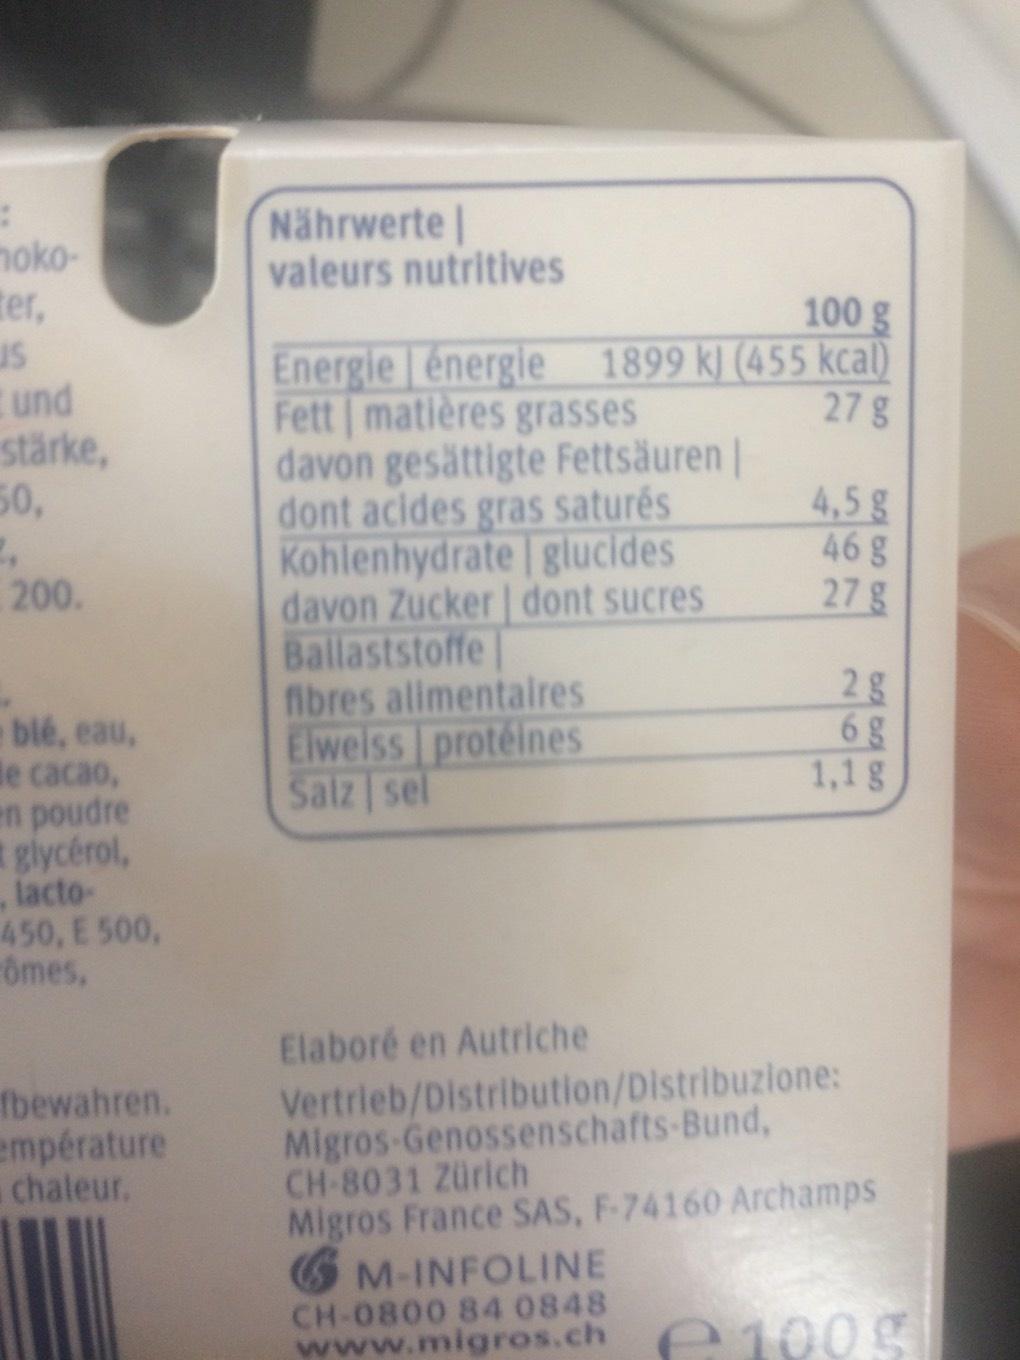
#
mokoter,
us
und
stärke,
50,
2,
200.
blé, eau,
de cacao,
en poudre glycérol,
lacto450, E500,
ômes,
fbewahren.
empérature chaleur.
Nährwerte | valeurs nutritives
100 g
Energie énergie 1899 kJ (455 kcal) Fett matières grasses
27 g
davon gesättigte Fettsäuren | dont acides gras saturés Kohlenhydrate | glucides
davon Zucker | dont sucres
Ballaststoffe
fibres alimentaires
Elweiss protéines
Salz sel
4,5 g
46 g
27 g
2 g
60 60 60
6 g
1,1 g
Elaboré en Autriche
Vertrieb/Distribution/Distribuzione: Migros-Genossenschafts-Bund, CH-8031 Zürich
Migros France SAS, F-74160 Archamps GM-INFOLINE
CH-0800 84 0848
www.migros.ch €1005